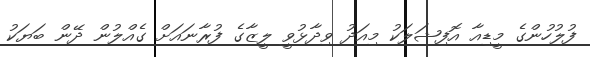
ފުލުހުންގެ މީޑިއާ އޮފިޝަލަކު މިއަދު ވިދާޅުވީ ލީޒާގެ ފުރާނައަށް ގެއްލުން ދޭން ބަޔަކު